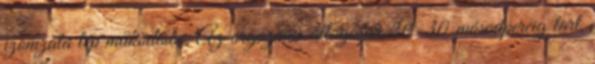
izomzata lép működésbe. Az orgazmus átlagosan 20-30 másodpercig tart,